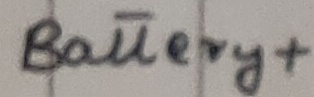
Text: Battery+